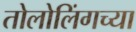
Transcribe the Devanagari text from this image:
तोलोलिंगच्या